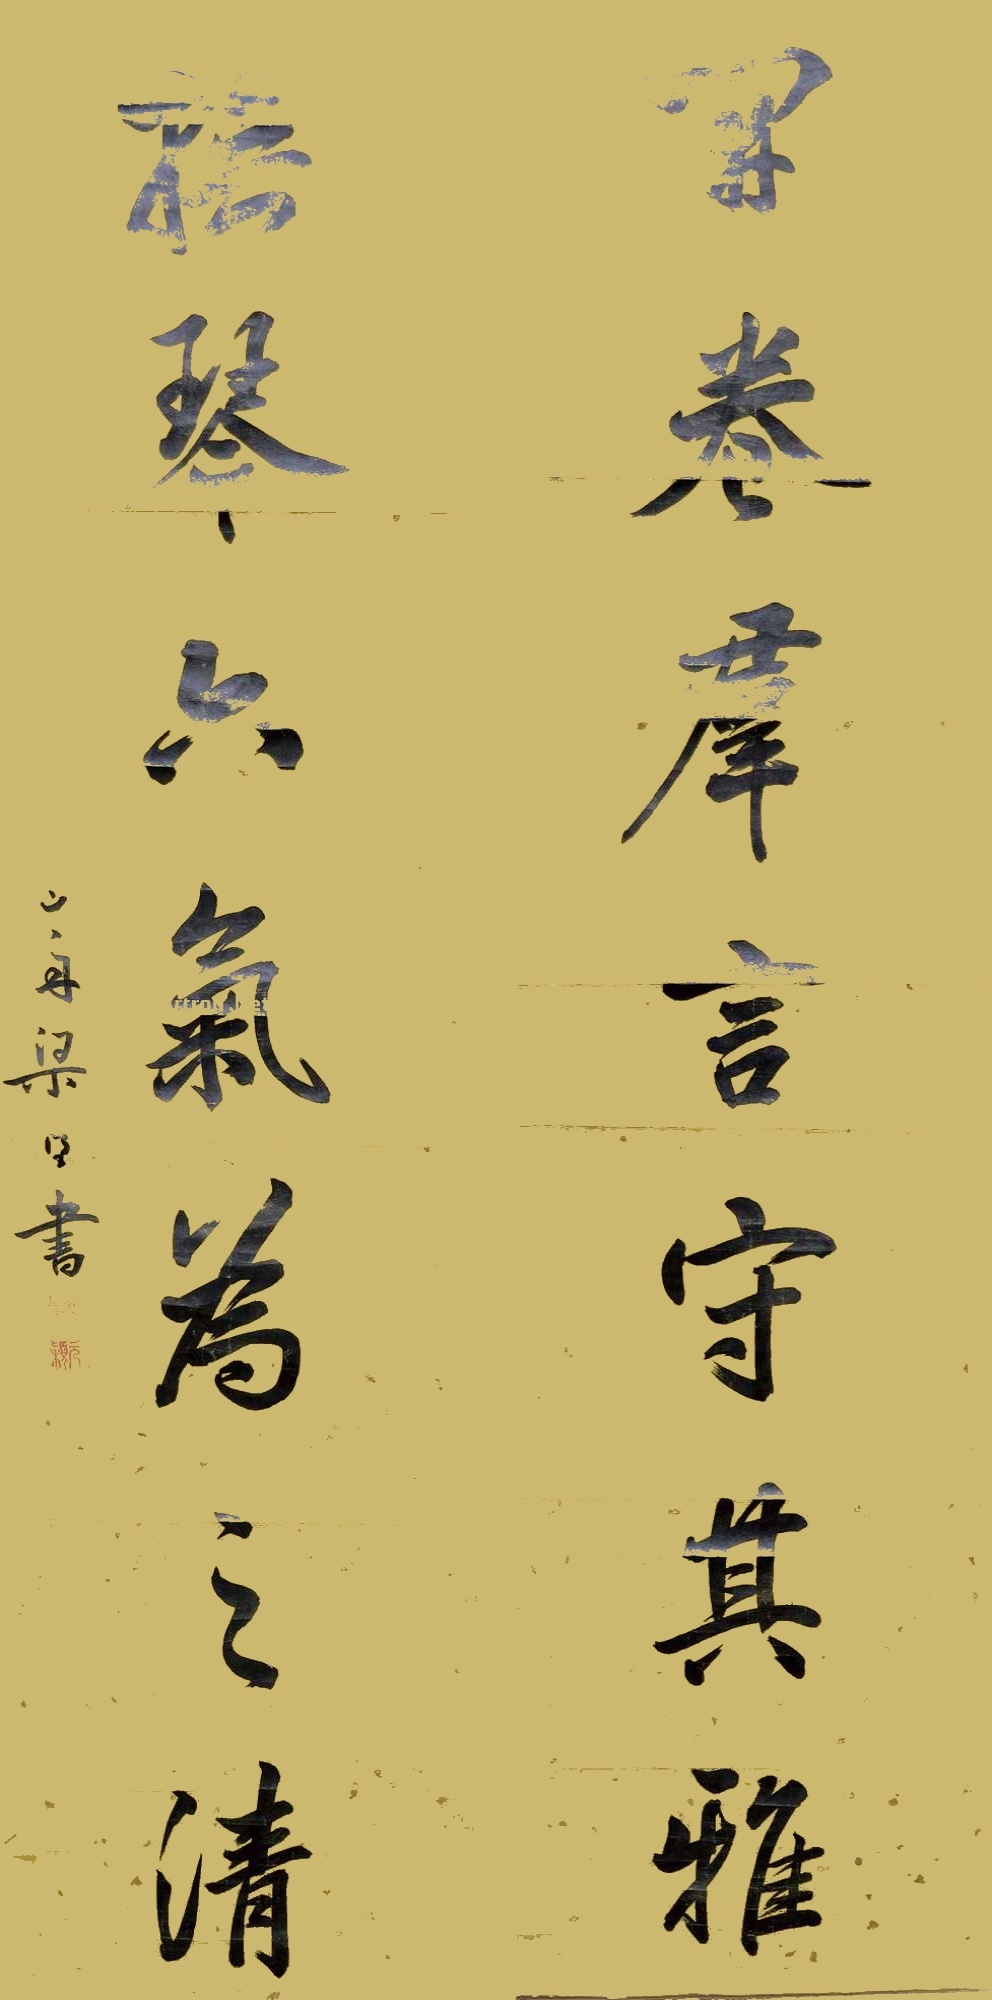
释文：开卷群言守其雅，抚琴六气为之清。山舟粱同书。